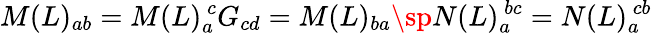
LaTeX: M(L)_{ab}=M(L)_{a}^{\ c}G_{cd}=M(L)_{ba}\sp N(L)_{a}^{\ bc}=N(L)_{a}^{\ cb}